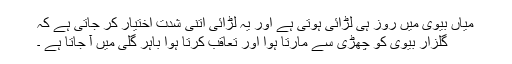
میاں بیوی میں روز ہی لڑائی ہوتی ہے اور یہ لڑائی اتنی شدت اختیار کر جاتی ہے کہ
گلزار بیوی کو چھڑی سے مارتا ہوا اور تعاقب کرتا ہوا باہر گلی میں آ جاتا ہے ۔